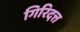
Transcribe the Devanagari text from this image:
गिरिदत्त